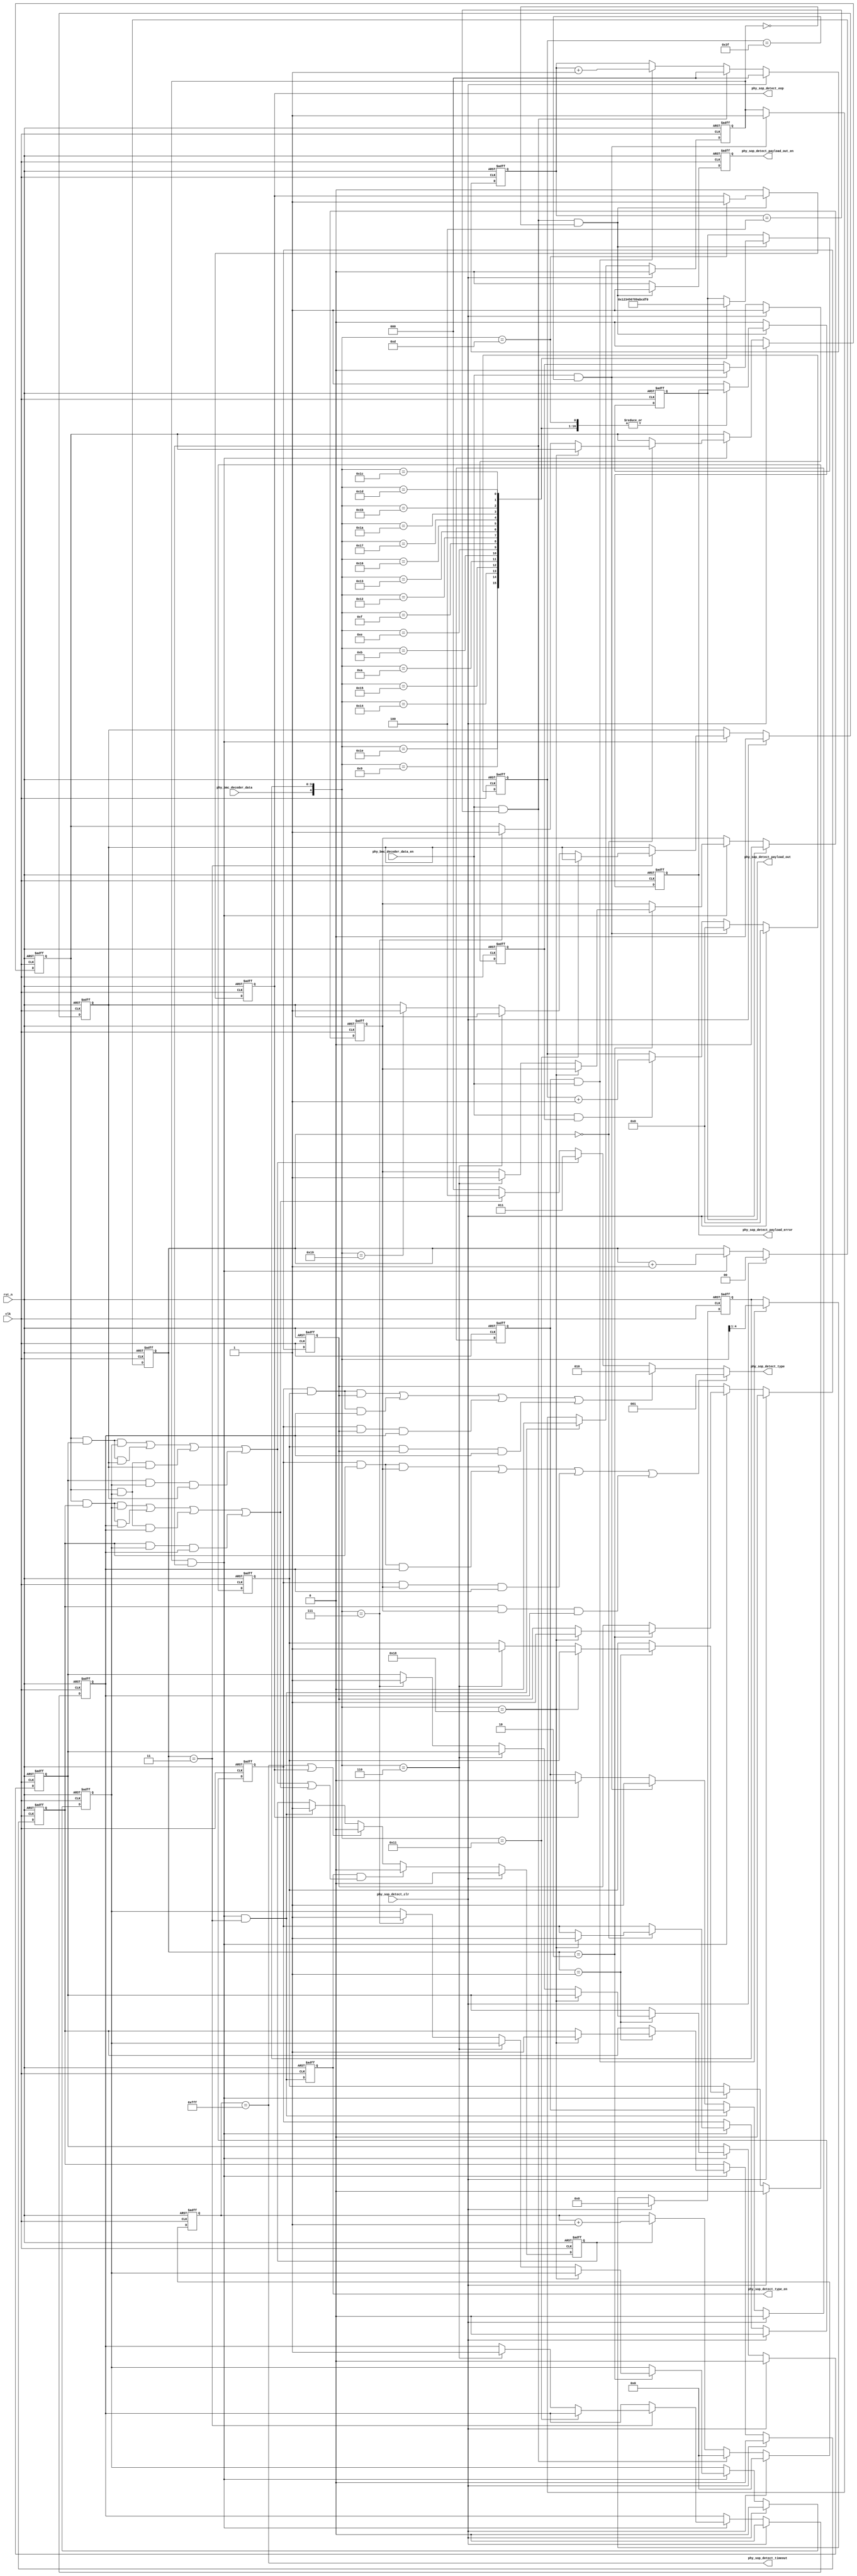
`timescale 1ns / 1ps
//////////////////////////////////////////////////////////////////////////////////
// Company: 
// Engineer: 
// 
// Design Name: 
// Module Name:    sop_detect_4b5b_decoder 
// Project Name: 
// Target Devices: 
// Tool versions: 
// Description: 
//
// Dependencies: 
//
// Revision: 
// Revision 0.01 - File Created
// Additional Comments: 
//
//////////////////////////////////////////////////////////////////////////////////
module phy_sop_detect(
    clk,
    rst_n,

    phy_sop_detect_clr,

    //bmc decoder data input
    phy_bmc_decoder_data,
    phy_bmc_decoder_data_en,

    //sop detect data output
    phy_sop_detect_type,
    phy_sop_detect_type_en,
    phy_sop_detect_payload_out,
    phy_sop_detect_payload_out_en,
    phy_sop_detect_eop,
    phy_sop_detect_payload_error,
    phy_sop_detect_timeout
    );

input     clk;
input     rst_n;

input     phy_bmc_decoder_data;
input     phy_bmc_decoder_data_en;

input     phy_sop_detect_clr;

output    [2:0] phy_sop_detect_type;
output    phy_sop_detect_type_en;
output    [3:0] phy_sop_detect_payload_out;
output    phy_sop_detect_payload_out_en;
output    phy_sop_detect_eop;
output    phy_sop_detect_payload_error;
output    phy_sop_detect_timeout;

localparam K_CODE_SYNC_1 = 5'b11000;
localparam K_CODE_SYNC_2 = 5'b10001;
localparam K_CODE_SYNC_3 = 5'b00110;
localparam K_CODE_RST_1  = 5'b00111;
localparam K_CODE_RST_2  = 5'b11001;
localparam K_CODE_EOP    = 5'b01101;

localparam PAYLOAD_TIMEOUT    = 16'hfff;

reg       [2:0] phy_sop_detect_type;
reg       phy_sop_detect_type_en;
reg       [3:0] phy_sop_detect_payload_out;
reg       phy_sop_detect_payload_out_en;
reg       phy_sop_detect_payload_error;
reg       phy_sop_detect_eop;

//preamble detect
reg       [5:0] phy_sop_detect_preamble_cnt;
wire      phy_sop_detect_preamble_done;
reg       phy_sop_detect_preamble_en;
wire      phy_sop_detect_preamble_error;

//paylaod detect
reg       [3:0] phy_sop_detect_payload_data;
wire      [4:0] phy_sop_detect_payload_data_wire;
reg       [2:0] phy_sop_detect_payload_cnt;
reg       phy_sop_detect_payload_en;
wire      phy_sop_detect_payload_done;
//k-code detect
reg       [1:0] phy_sop_detect_k_code_cnt;
wire      phy_sop_detect_k_code_done;
reg       phy_sop_detect_k_code_en;

reg       phy_sop_detect_k_code_1st_is_sync_1;
reg       phy_sop_detect_k_code_1st_is_rst_1;

reg       phy_sop_detect_k_code_2nd_is_sync_1;
reg       phy_sop_detect_k_code_2nd_is_sync_3;
reg       phy_sop_detect_k_code_2nd_is_rst_1;

reg       phy_sop_detect_k_code_3rd_is_sync_1;
reg       phy_sop_detect_k_code_3rd_is_sync_3;
reg       phy_sop_detect_k_code_3rd_is_rst_1;

reg       phy_sop_detect_k_code_4th_is_sync_2;
reg       phy_sop_detect_k_code_4th_is_sync_3;
reg       phy_sop_detect_k_code_4th_is_rst_2;


wire      phy_sop_detect_type_is_sop;
wire      phy_sop_detect_type_is_sopp;
wire      phy_sop_detect_type_is_soppp;
wire      phy_sop_detect_type_is_hardreset;
wire      phy_sop_detect_type_is_cablereset;

//timeout control
reg       [15:0] phy_sop_detect_timeout_cnt;
reg       phy_sop_detect_timeout_en;

//preamble detect
always @(posedge clk or negedge rst_n) begin
       if(!rst_n) begin
              phy_sop_detect_preamble_cnt <= 6'b0;
       end
       else if(phy_sop_detect_clr) begin
              phy_sop_detect_preamble_cnt <= 6'b0;
       end
       else if(phy_sop_detect_preamble_done) begin
              phy_sop_detect_preamble_cnt <= 6'b0;
       end
       else if(phy_bmc_decoder_data_en && phy_sop_detect_preamble_en) begin
              phy_sop_detect_preamble_cnt <= phy_sop_detect_preamble_cnt + 1'b1;
       end
end

always @(posedge clk or negedge rst_n) begin
       if(!rst_n) begin
              phy_sop_detect_preamble_en <= 1'b1;
       end
       else if(phy_sop_detect_clr) begin
              phy_sop_detect_preamble_en <= 1'b1;
       end
       else if(phy_sop_detect_preamble_done) begin
              phy_sop_detect_preamble_en <= 1'b0;
       end
end

assign    phy_sop_detect_preamble_done = phy_bmc_decoder_data_en && (phy_sop_detect_preamble_cnt == 6'h3f);

assign    phy_sop_detect_preamble_error = phy_bmc_decoder_data_en && phy_sop_detect_preamble_en && (phy_sop_detect_preamble_cnt[0] != phy_bmc_decoder_data);

//payload detect
always @(posedge clk or negedge rst_n) begin
       if(!rst_n) begin
              phy_sop_detect_payload_data <= 4'b0;
       end
       else if(phy_sop_detect_clr) begin
              phy_sop_detect_payload_data <= 4'b0;
       end
       else if(phy_sop_detect_payload_en && phy_bmc_decoder_data_en) begin
              phy_sop_detect_payload_data <= {phy_bmc_decoder_data, phy_sop_detect_payload_data[3:1]};
       end
end

assign    phy_sop_detect_payload_data_wire = {phy_bmc_decoder_data, phy_sop_detect_payload_data};

always @(posedge clk or negedge rst_n) begin
       if(!rst_n) begin
              phy_sop_detect_payload_cnt <= 3'h0;
       end
       else if(phy_sop_detect_clr) begin
              phy_sop_detect_payload_cnt <= 3'h0;
       end
       else if(phy_sop_detect_payload_done) begin
              phy_sop_detect_payload_cnt <= 3'h0;
       end
       else if(phy_sop_detect_payload_en && phy_bmc_decoder_data_en) begin
              phy_sop_detect_payload_cnt <= phy_sop_detect_payload_cnt + 1'b1;
       end
end

assign    phy_sop_detect_payload_done = phy_bmc_decoder_data_en && (phy_sop_detect_payload_cnt == 3'h4);


//k-code detect
always @(posedge clk or negedge rst_n) begin
       if(!rst_n) begin
              phy_sop_detect_k_code_cnt <= 2'h0;
       end
       else if(phy_sop_detect_clr) begin
              phy_sop_detect_k_code_cnt <= 2'h0;
       end
       else if(phy_sop_detect_k_code_en && phy_sop_detect_payload_done) begin
              phy_sop_detect_k_code_cnt <= phy_sop_detect_k_code_cnt + 1'b1;
       end
end

assign    phy_sop_detect_k_code_done = phy_sop_detect_payload_done && phy_sop_detect_k_code_en && (phy_sop_detect_k_code_cnt == 2'h3);

always @(posedge clk or negedge rst_n) begin
       if(!rst_n) begin
              phy_sop_detect_k_code_en <= 1'b0;
              phy_sop_detect_payload_en <= 1'b0;
       end
       else if(phy_sop_detect_clr) begin
              phy_sop_detect_k_code_en <= 1'b0;
              phy_sop_detect_payload_en <= 1'b0;
       end
       else if(phy_sop_detect_k_code_done) begin
              phy_sop_detect_k_code_en <= 1'b0;
       end
       else if(phy_sop_detect_preamble_done) begin
              phy_sop_detect_k_code_en <= 1'b1;
              phy_sop_detect_payload_en <= 1'b1;
       end
       else if(phy_sop_detect_eop) begin
              phy_sop_detect_payload_en <= 1'b0;
       end
end

always @(posedge clk or negedge rst_n) begin
       if(!rst_n) begin
              phy_sop_detect_k_code_1st_is_sync_1 <= 1'b0;
              phy_sop_detect_k_code_1st_is_rst_1 <= 1'b0;

              phy_sop_detect_k_code_2nd_is_sync_1 <= 1'b0;
              phy_sop_detect_k_code_2nd_is_sync_3 <= 1'b0;
              phy_sop_detect_k_code_2nd_is_rst_1 <= 1'b0;

              phy_sop_detect_k_code_3rd_is_sync_1 <= 1'b0;
              phy_sop_detect_k_code_3rd_is_sync_3 <= 1'b0;
              phy_sop_detect_k_code_3rd_is_rst_1 <= 1'b0;

              phy_sop_detect_k_code_4th_is_sync_2 <= 1'b0;
              phy_sop_detect_k_code_4th_is_sync_3 <= 1'b0;
              phy_sop_detect_k_code_4th_is_rst_2 <= 1'b0;
       end
       else if(phy_sop_detect_clr) begin
              phy_sop_detect_k_code_1st_is_sync_1 <= 1'b0;
              phy_sop_detect_k_code_1st_is_rst_1 <= 1'b0;

              phy_sop_detect_k_code_2nd_is_sync_1 <= 1'b0;
              phy_sop_detect_k_code_2nd_is_sync_3 <= 1'b0;
              phy_sop_detect_k_code_2nd_is_rst_1 <= 1'b0;

              phy_sop_detect_k_code_3rd_is_sync_1 <= 1'b0;
              phy_sop_detect_k_code_3rd_is_sync_3 <= 1'b0;
              phy_sop_detect_k_code_3rd_is_rst_1 <= 1'b0;

              phy_sop_detect_k_code_4th_is_sync_2 <= 1'b0;
              phy_sop_detect_k_code_4th_is_sync_3 <= 1'b0;
              phy_sop_detect_k_code_4th_is_rst_2 <= 1'b0;
       end
       else if(phy_sop_detect_payload_done && phy_sop_detect_k_code_en) begin
	   case(phy_sop_detect_k_code_cnt)
	       2'h0: begin
                    if(phy_sop_detect_payload_data_wire == K_CODE_SYNC_1) begin
                          phy_sop_detect_k_code_1st_is_sync_1 <= 1'b1;
		    end
                    else if(phy_sop_detect_payload_data_wire == K_CODE_RST_1) begin
                          phy_sop_detect_k_code_1st_is_rst_1 <= 1'b1;
		    end
	       end
	       2'h1: begin
                    if(phy_sop_detect_payload_data_wire == K_CODE_SYNC_1) begin
                          phy_sop_detect_k_code_2nd_is_sync_1 <= 1'b1;
		    end
                    else if(phy_sop_detect_payload_data_wire == K_CODE_SYNC_3) begin
                          phy_sop_detect_k_code_2nd_is_sync_3 <= 1'b1;
		    end
                    else if(phy_sop_detect_payload_data_wire == K_CODE_RST_1) begin
                          phy_sop_detect_k_code_2nd_is_rst_1 <= 1'b1;
		    end
	       end
	       2'h2: begin
                    if(phy_sop_detect_payload_data_wire == K_CODE_SYNC_1) begin
                          phy_sop_detect_k_code_3rd_is_sync_1 <= 1'b1;
		    end
                    else if(phy_sop_detect_payload_data_wire == K_CODE_SYNC_3) begin
                          phy_sop_detect_k_code_3rd_is_sync_3 <= 1'b1;
		    end
                    else if(phy_sop_detect_payload_data_wire == K_CODE_RST_1) begin
                          phy_sop_detect_k_code_3rd_is_rst_1 <= 1'b1;
		    end
	       end
	       2'h3: begin
                    if(phy_sop_detect_payload_data_wire == K_CODE_SYNC_2) begin
                          phy_sop_detect_k_code_4th_is_sync_2 <= 1'b1;
		    end
                    else if(phy_sop_detect_payload_data_wire == K_CODE_SYNC_3) begin
                          phy_sop_detect_k_code_4th_is_sync_3 <= 1'b1;
		    end
                    else if(phy_sop_detect_payload_data_wire == K_CODE_RST_2) begin
                          phy_sop_detect_k_code_4th_is_rst_2 <= 1'b1;
		    end
	       end
	       default;
	   endcase
       end
end





assign    phy_sop_detect_type_is_sop =
                                 	phy_sop_detect_k_code_1st_is_sync_1 && phy_sop_detect_k_code_2nd_is_sync_1 && phy_sop_detect_k_code_3rd_is_sync_1 ||
                                 	phy_sop_detect_k_code_1st_is_sync_1 && phy_sop_detect_k_code_2nd_is_sync_1 && phy_sop_detect_k_code_4th_is_sync_2 ||
                                 	phy_sop_detect_k_code_1st_is_sync_1 && phy_sop_detect_k_code_3rd_is_sync_1 && phy_sop_detect_k_code_4th_is_sync_2 ||
                                 	phy_sop_detect_k_code_2nd_is_sync_1 && phy_sop_detect_k_code_3rd_is_sync_1 && phy_sop_detect_k_code_4th_is_sync_2 ;

assign    phy_sop_detect_type_is_sopp =
                                 	phy_sop_detect_k_code_1st_is_sync_1 && phy_sop_detect_k_code_2nd_is_sync_1 && phy_sop_detect_k_code_3rd_is_sync_3 ||
                                 	phy_sop_detect_k_code_1st_is_sync_1 && phy_sop_detect_k_code_2nd_is_sync_1 && phy_sop_detect_k_code_4th_is_sync_3 ||
                                 	phy_sop_detect_k_code_1st_is_sync_1 && phy_sop_detect_k_code_3rd_is_sync_3 && phy_sop_detect_k_code_4th_is_sync_3 ||
                                 	phy_sop_detect_k_code_2nd_is_sync_1 && phy_sop_detect_k_code_3rd_is_sync_3 && phy_sop_detect_k_code_4th_is_sync_3 ;

assign    phy_sop_detect_type_is_soppp =
                                 	phy_sop_detect_k_code_1st_is_sync_1 && phy_sop_detect_k_code_2nd_is_sync_3 && phy_sop_detect_k_code_3rd_is_sync_1 ||
                                 	phy_sop_detect_k_code_1st_is_sync_1 && phy_sop_detect_k_code_2nd_is_sync_3 && phy_sop_detect_k_code_4th_is_sync_3 ||
                                 	phy_sop_detect_k_code_1st_is_sync_1 && phy_sop_detect_k_code_3rd_is_sync_1 && phy_sop_detect_k_code_4th_is_sync_3 ||
                                 	phy_sop_detect_k_code_2nd_is_sync_3 && phy_sop_detect_k_code_3rd_is_sync_1 && phy_sop_detect_k_code_4th_is_sync_3 ;

assign    phy_sop_detect_type_is_hardreset =
                                 	phy_sop_detect_k_code_1st_is_rst_1  && phy_sop_detect_k_code_2nd_is_rst_1  && phy_sop_detect_k_code_3rd_is_rst_1  ||
                                 	phy_sop_detect_k_code_1st_is_rst_1  && phy_sop_detect_k_code_2nd_is_rst_1  && phy_sop_detect_k_code_4th_is_rst_2  ||
                                 	phy_sop_detect_k_code_1st_is_rst_1  && phy_sop_detect_k_code_3rd_is_rst_1  && phy_sop_detect_k_code_4th_is_rst_2  ||
                                 	phy_sop_detect_k_code_2nd_is_rst_1  && phy_sop_detect_k_code_3rd_is_rst_1  && phy_sop_detect_k_code_4th_is_rst_2  ;

assign    phy_sop_detect_type_is_cablereset =
                                 	phy_sop_detect_k_code_1st_is_rst_1  && phy_sop_detect_k_code_2nd_is_sync_1 && phy_sop_detect_k_code_3rd_is_rst_1  ||
                                 	phy_sop_detect_k_code_1st_is_rst_1  && phy_sop_detect_k_code_2nd_is_sync_1 && phy_sop_detect_k_code_4th_is_sync_3 ||
                                 	phy_sop_detect_k_code_1st_is_rst_1  && phy_sop_detect_k_code_3rd_is_rst_1  && phy_sop_detect_k_code_4th_is_sync_3 ||
                                 	phy_sop_detect_k_code_2nd_is_sync_1 && phy_sop_detect_k_code_3rd_is_rst_1  && phy_sop_detect_k_code_4th_is_sync_3 ;



always @(posedge clk or negedge rst_n) begin
       if(!rst_n) begin
              phy_sop_detect_type_en <= 1'b0;
       end
       else begin
              phy_sop_detect_type_en <= phy_sop_detect_k_code_done;
       end
end

always @(*) begin
              phy_sop_detect_type = 3'h0;

          if(phy_sop_detect_type_is_sopp) begin
              phy_sop_detect_type = 3'h1;
          end
          else if(phy_sop_detect_type_is_soppp) begin
              phy_sop_detect_type = 3'h2;
          end
          else if(phy_sop_detect_type_is_hardreset) begin
              phy_sop_detect_type = 3'h3;
          end
          else if(phy_sop_detect_type_is_cablereset) begin
              phy_sop_detect_type = 3'h4;
          end

end


always @(posedge clk or negedge rst_n) begin
       if(!rst_n) begin
              phy_sop_detect_payload_out <= 4'h0;
              phy_sop_detect_payload_out_en <= 1'h0;
              phy_sop_detect_payload_error <= 1'h0;
              phy_sop_detect_eop <= 1'h0;
       end
       else if(phy_sop_detect_payload_done && !phy_sop_detect_k_code_en) begin
              phy_sop_detect_payload_out_en <= 1'h1;

	   case(phy_sop_detect_payload_data_wire)
	       5'b11110: phy_sop_detect_payload_out <= 4'h0;
	       5'b01001: phy_sop_detect_payload_out <= 4'h1;
	       5'b10100: phy_sop_detect_payload_out <= 4'h2;
	       5'b10101: phy_sop_detect_payload_out <= 4'h3;
	       5'b01010: phy_sop_detect_payload_out <= 4'h4;
	       5'b01011: phy_sop_detect_payload_out <= 4'h5;
	       5'b01110: phy_sop_detect_payload_out <= 4'h6;
	       5'b01111: phy_sop_detect_payload_out <= 4'h7;
	       5'b10010: phy_sop_detect_payload_out <= 4'h8;
	       5'b10011: phy_sop_detect_payload_out <= 4'h9;
	       5'b10110: phy_sop_detect_payload_out <= 4'ha;
	       5'b10111: phy_sop_detect_payload_out <= 4'hb;
	       5'b11010: phy_sop_detect_payload_out <= 4'hc;
	       5'b11011: phy_sop_detect_payload_out <= 4'hd;
	       5'b11100: phy_sop_detect_payload_out <= 4'he;
	       5'b11101: phy_sop_detect_payload_out <= 4'hf;
	       5'b01101: phy_sop_detect_eop <= 1'h1;
	       default: phy_sop_detect_payload_error <= 1'b1;
	   endcase
       end
       else begin
              phy_sop_detect_payload_out_en <= 1'h0;
              phy_sop_detect_payload_error <= 1'h0;
              phy_sop_detect_eop <= 1'h0;
       end
end


//timeout control
always @(posedge clk or negedge rst_n) begin
       if(!rst_n) begin
              phy_sop_detect_timeout_cnt <= 16'h0;
       end
       else if(phy_sop_detect_clr) begin
              phy_sop_detect_timeout_cnt <= 16'h0;
       end
       else if(phy_sop_detect_payload_done) begin
              phy_sop_detect_timeout_cnt <= 16'h0;
       end
       else if(phy_sop_detect_timeout_en) begin
              phy_sop_detect_timeout_cnt <= phy_sop_detect_timeout_cnt +1'h1;
       end
end

always @(posedge clk or negedge rst_n) begin
       if(!rst_n) begin
              phy_sop_detect_timeout_en <= 1'h0;
       end
       else if(phy_sop_detect_clr) begin
              phy_sop_detect_timeout_en <= 1'h0;
       end
       else if(phy_sop_detect_type_en && (phy_sop_detect_type_is_hardreset || phy_sop_detect_type_is_cablereset)) begin
              phy_sop_detect_timeout_en <= 1'h0;
       end
       else if(phy_sop_detect_timeout || phy_sop_detect_eop) begin
              phy_sop_detect_timeout_en <= 1'h0;
       end
       else if(phy_sop_detect_k_code_done) begin
              phy_sop_detect_timeout_en <= 1'h1;
       end
end


assign    phy_sop_detect_timeout = (phy_sop_detect_timeout_cnt == PAYLOAD_TIMEOUT);

endmodule